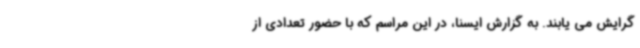
گرایش می یابند. به گزارش ایسنا، در این مراسم که با حضور تعدادی از